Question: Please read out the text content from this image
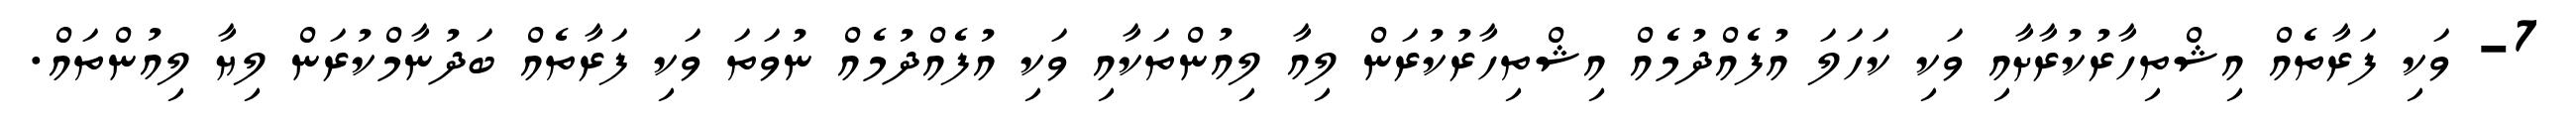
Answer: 7- ވަކި ފަރާތެއް އިޝްތިހާރުކުރާށާއި ވަކި ކަހަލަ އުފެއްދުމެއް އިޝްތިހާރުކުރަން ލިއާ ލިއުންތަކާއި ވަކި އުފެއްދުމެއް ނުވަތަ ވަކި ފަރާތެއް ބަދުނާމްކުރަން ލިޔާ ލިއުންތައް.